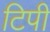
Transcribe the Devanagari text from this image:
टिपी